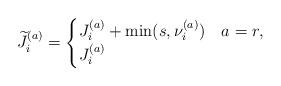
LaTeX: \begin{align*}\widetilde{J}_i^{(a)} = \begin{cases} J_i^{(a)} + \min(s, \nu_i^{(a)}) & a = r, \\ J_i^{(a)} & \end{cases}\end{align*}